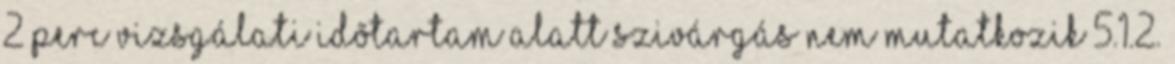
2 perc vizsgálati idõtartam alatt szivárgás nem mutatkozik 5.1.2.